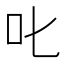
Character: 叱